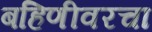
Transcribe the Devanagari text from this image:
बहिणीवरचा